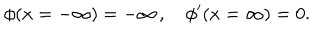
\phi ( x = - \infty ) = - \infty \, , \quad \phi ^ { \prime } ( x = \infty ) = 0 .